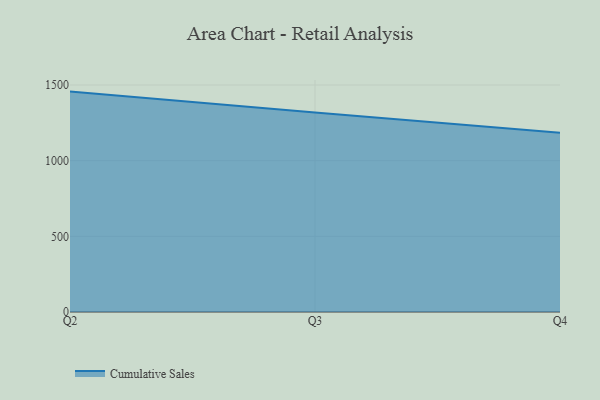
{"axis": {"x": "Quarter", "y": "Headcount"}, "legend": ["Cumulative Sales"], "data": [{"x": "Q2", "y": 1456.4, "type": "Cumulative Sales"}, {"x": "Q3", "y": 1317.6, "type": "Cumulative Sales"}, {"x": "Q4", "y": 1184.2, "type": "Cumulative Sales"}]}